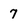
Character: 7